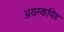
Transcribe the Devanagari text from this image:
अयस्कपिंड